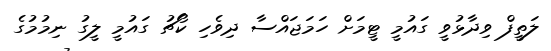
ލަތީފް ވިދާޅުވީ ގައުމީ ޓީމަށް ހަމަޖައްސާ ދިވެހި ކޯޗު ގައުމީ ލީގު ނިމުމުގެ